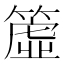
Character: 𥳁